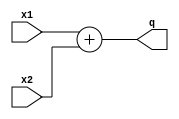
`timescale 1ns/1ns
module Adder (x1, x2, q);
  input signed [31:0] x1, x2;
  output signed [31:0] q;
  assign q = x1 + x2;
endmodule